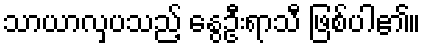
သာယာလှပသည့် နွေဦးရာသီ ဖြစ်ပါ၏။